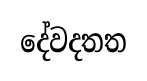
දේවදතත